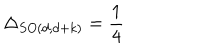
\Delta _ { S O ( d , d + k ) } = \frac { 1 } { 4 }